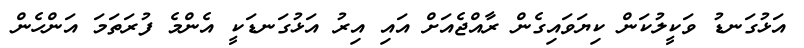
އަޅުގަނޑު ވަކީލުކަން ކިޔަވައިގެން ރާއްޖެއަށް އައި އިރު އަޅުގަނޑަކީ އެންމެ ފުރަތަަމަ އަންހެން